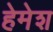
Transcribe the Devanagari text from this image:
हेमेश